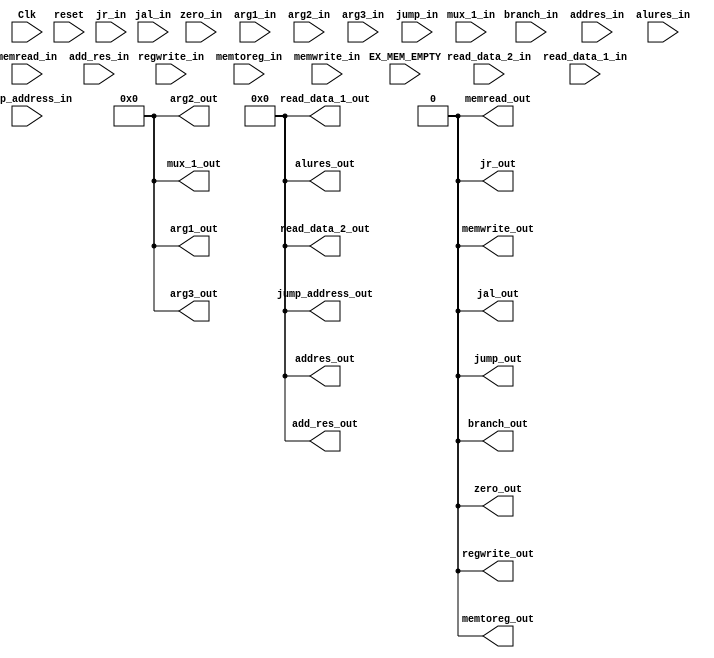
`timescale 1ns / 1ps
//////////////////////////////////////////////////////////////////////////////////
// Company: 
// Engineer: 
// 
// Design Name: 
// Module Name: EX_MEM
// Project Name: 
// Target Devices: 
// Tool Versions: 
// Description: 
// 
// Dependencies: 
// 
// Revision:
// Revision 0.01 - File Created
// Additional Comments:
// 
//////////////////////////////////////////////////////////////////////////////////


module EX_MEM(
    input Clk,
    input reset,
    input EX_MEM_EMPTY,
    input regwrite_in,
    input memtoreg_in,
    input memread_in,
    input memwrite_in,
    input branch_in,
    input [31:0] addres_in,
    input [31:0] add_res_in,
    input [31:0] alures_in,
    input zero_in,
    input [31:0] read_data_2_in,
    input [31:0] read_data_1_in,
    input [4:0] mux_1_in,
    input [4:0] arg1_in,
    input [4:0] arg2_in,
    input [4:0] arg3_in,
    input [31:0] jump_address_in,
    input jump_in,
    input jr_in,
    input jal_in,
        
    output reg regwrite_out,
    output reg memtoreg_out,
    output reg memread_out,
    output reg memwrite_out,
    output reg branch_out,
    output reg [31:0] addres_out,
    output reg [31:0] add_res_out,
    output reg [31:0] alures_out,
    output reg zero_out,
    output reg [31:0] read_data_2_out,
    output reg[31:0] read_data_1_out,    
    output reg [4:0] mux_1_out,
    output reg [4:0] arg1_out,
    output reg [4:0] arg2_out,
    output reg [4:0] arg3_out,
    output reg [31:0] jump_address_out,
    output reg jump_out,
    output reg jr_out,
    output reg jal_out
    );
    always @ (posedge Clk) 
    begin
        if(EX_MEM_EMPTY==0)
        begin
            regwrite_out=regwrite_in;
            memtoreg_out=memtoreg_in;
            memread_out= memread_in;
            memwrite_out=memwrite_in;
            branch_out=branch_in;
            addres_out= addres_in;
            add_res_out= add_res_in;
            alures_out=alures_in;
            zero_out=zero_in;
            read_data_2_out=read_data_2_in;
            read_data_1_out=read_data_1_in;
            mux_1_out=mux_1_in;
            arg1_out=arg1_in;
            arg2_out=arg2_in;
            arg3_out=arg3_in;
            jump_address_out=jump_address_in;
            jump_out=jump_in;
            jr_out=jr_in;
            jal_out=jal_in;
        end
        
        else begin
            regwrite_out=0;
            memtoreg_out=0;
            memread_out= 0;
            memwrite_out=0;
            branch_out=0;
            addres_out= 0;
            add_res_out= 0;
            alures_out=0;
            zero_out=0;
            read_data_2_out=0;
            read_data_1_out=0;
            mux_1_out=0;
            arg1_out=0;
            arg2_out=0;
            arg3_out=0;
            jump_address_out=0;
            jump_out=0;
            jr_out=0;
            jal_out=0;
         end
     end
    always @ (reset)
    begin
        regwrite_out=0;
        memtoreg_out=0;
        memread_out= 0;
        memwrite_out=0;
        branch_out=0;
        addres_out= 0;
        add_res_out= 0;
        alures_out=0;
        zero_out=0;
        read_data_2_out=0;
        read_data_1_out=0;
        mux_1_out=0;
        arg1_out=0;
        arg2_out=0;
        arg3_out=0;
        jump_address_out=0;
        jump_out=0;
        jr_out=0;
        jal_out=0;
    end
endmodule